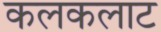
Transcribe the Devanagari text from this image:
कलकलाट